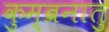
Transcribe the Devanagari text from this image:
कुम्ब्रनातु